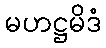
မဟဋ္ဌမိဒံ